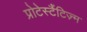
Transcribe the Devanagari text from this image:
प्रोटेस्टैंटिज़्म